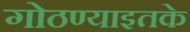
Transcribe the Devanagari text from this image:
गोठण्याइतके